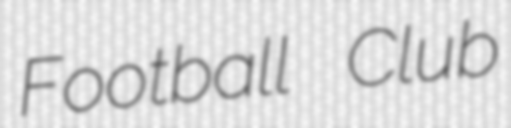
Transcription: Football Club